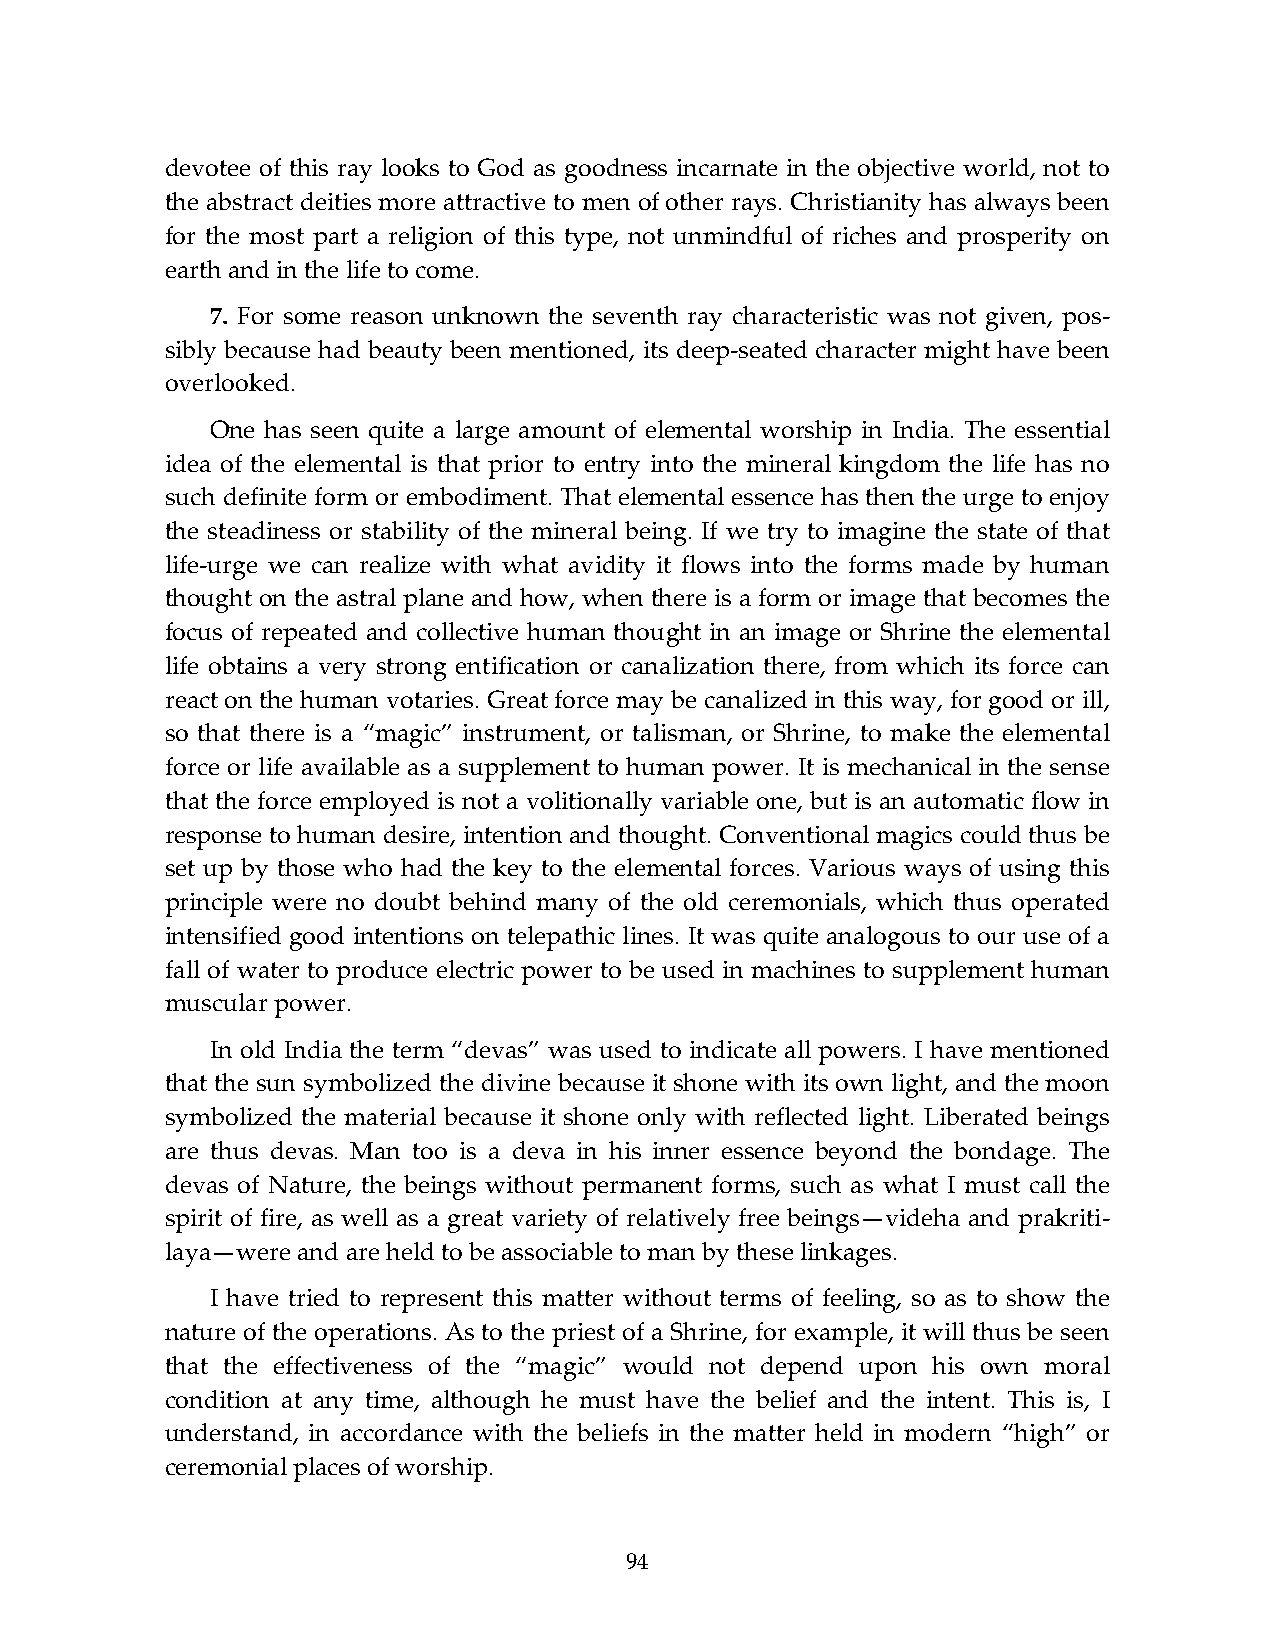
devotee of this ray looks to God as goodness incarnate in the objective world, not to
 the abstract deities more attractive to men of other rays. Christianity has always been
 for the most part a religion of this type, not unmindful of riches and prosperity on
 earth and in the life to come.
 7. For some reason unknown the seventh ray characteristic was not given, pos-
 sibly because had beauty been mentioned, its deep-seated character might have been
 overlooked.
 One has seen quite a large amount of elemental worship in India. The essential
 idea of the elemental is that prior to entry into the mineral kingdom the life has no
 such definite form or embodiment. That elemental essence has then the urge to enjoy
 the steadiness or stability of the mineral being. If we try to imagine the state of that
 life-urge we can realize with what avidity it flows into the forms made by human
 thought on the astral plane and how, when there is a form or image that becomes the
 focus of repeated and collective human thought in an image or Shrine the elemental
 life obtains a very strong entification or canalization there, from which its force can
 react on the human votaries. Great force may be canalized in this way, for good or ill,
 so that there is a “magic” instrument, or talisman, or Shrine, to make the elemental
 force or life available as a supplement to human power. It is mechanical in the sense
 that the force employed is not a volitionally variable one, but is an automatic flow in
 response to human desire, intention and thought. Conventional magics could thus be
 set up by those who had the key to the elemental forces. Various ways of using this
 principle were no doubt behind many of the old ceremonials, which thus operated
 intensified good intentions on telepathic lines. It was quite analogous to our use of a
 fall of water to produce electric power to be used in machines to supplement human
 muscular power.
 In old India the term “devas” was used to indicate all powers. I have mentioned
 that the sun symbolized the divine because it shone with its own light, and the moon
 symbolized the material because it shone only with reflected light. Liberated beings
 are thus devas. Man too is a deva in his inner essence beyond the bondage. The
 devas of Nature, the beings without permanent forms, such as what I must call the
 spirit of fire, as well as a great variety of relatively free beings—videha and prakriti-
 laya—were and are held to be associable to man by these linkages.
 I have tried to represent this matter without terms of feeling, so as to show the
 nature of the operations. As to the priest of a Shrine, for example, it will thus be seen
 that the effectiveness of the “magic” would not depend upon his own moral
 condition at any time, although he must have the belief and the intent. This is, I
 understand, in accordance with the beliefs in the matter held in modern “high” or
 ceremonial places of worship.
 94